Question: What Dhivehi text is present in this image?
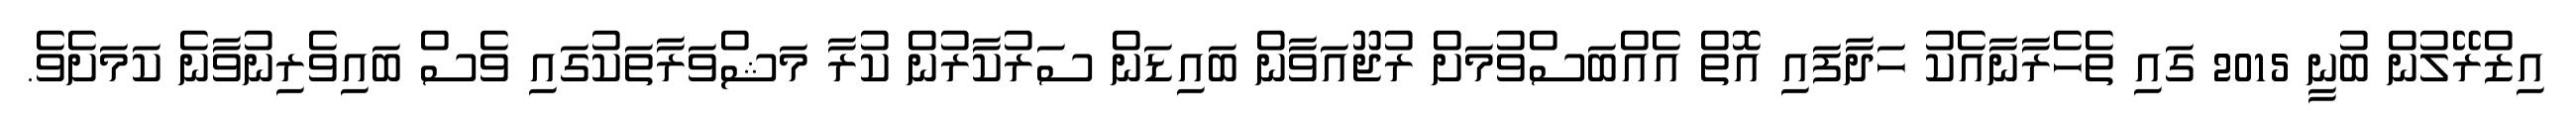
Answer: އިޒްރޭލުން ބުނީ 2015 ގައި ތެހެރާނާއެކު ހަދާފައި އޮތް އެއްބަސްވުމަށް ރުޖޫއަވާން ބައިޑަން ސަރުކާރުން ކުރާ މަޝްވަރާތަކުގައި ވެސް ބައިވެރިނުވާނެ ކަމަށެވެ.